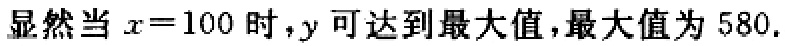
显然当 \(x = 100\) 时，\(y\) 可达到最大值，最大值为 \(580\).